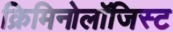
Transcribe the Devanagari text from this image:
क्रिमिनोलॉजिस्ट